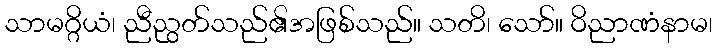
သာမဂ္ဂိယံ၊ ညီညွတ်သည်၏အဖြစ်သည်။ သတိ၊ သော်။ ဝိညာဏံနာမ၊